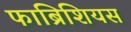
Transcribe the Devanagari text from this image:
फाब्रिशियस